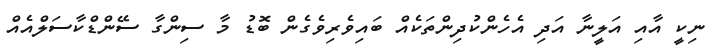
ނިކީ އާއި އަލީނާ އަދި އެހެންކުދިންތަކެއް ބައިވެރިވެގެން ބޮޑު މާ ސިންގާ ސޭންޑްކާސަލްއެއް